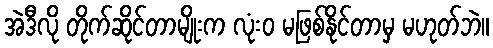
အဲဒီလို တိုက်ဆိုင်တာမျိုးက လုံးဝ မဖြစ်နိုင်တာမှ မဟုတ်ဘဲ။